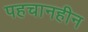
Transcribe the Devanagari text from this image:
पहचानहीन